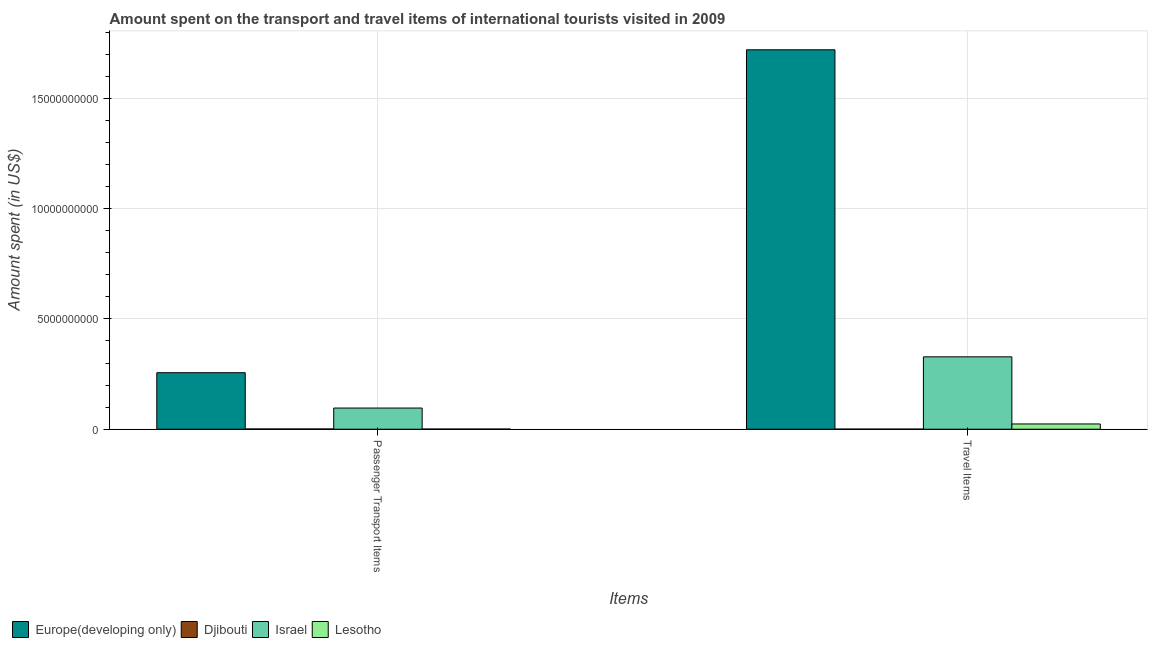
| Items | Europe(developing only) | Djibouti | Israel | Lesotho |
 | --- | --- | --- | --- | --- |
 | Passenger Transport Items | 2.56e+09 | 1.17e+07 | 9.6e+08 | 8e+06 |
 | Travel Items | 1.72e+10 | 5.8e+06 | 3.28e+09 | 2.39e+08 |